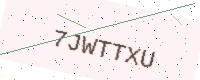
Text: 7JWTTXU